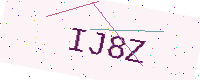
Text: IJ8Z